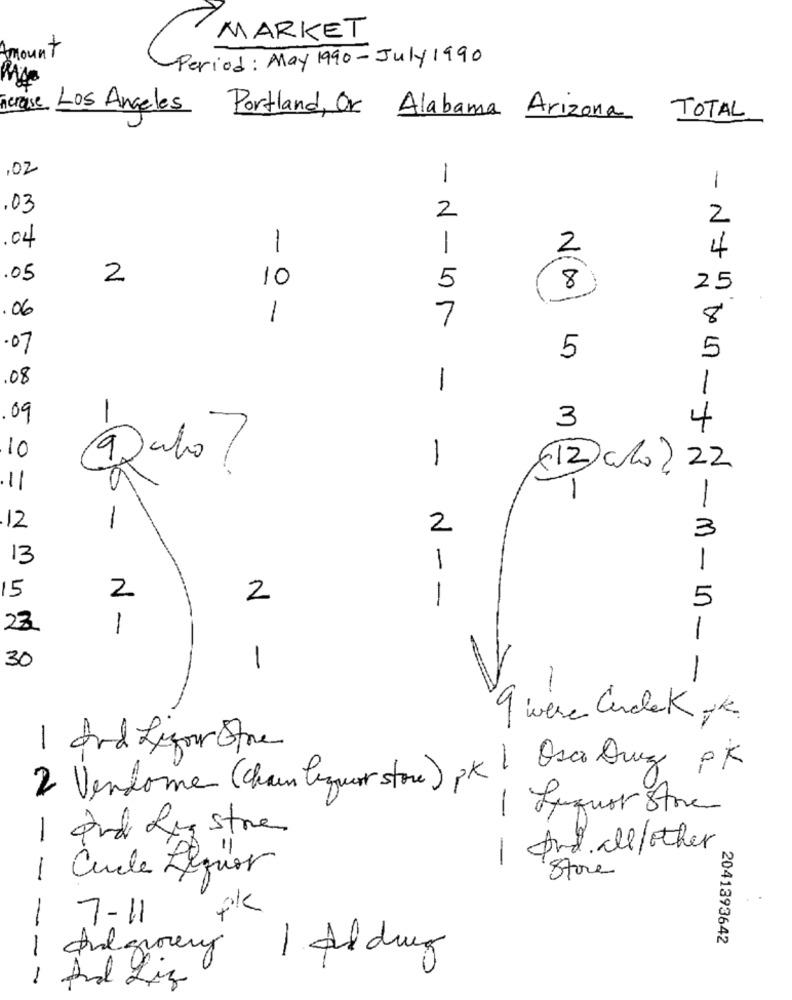
7
MARKET
Amount
C
Period: May 1990-July 1990
ncroise
Los Angeles Portland, Or Alabama Arizona TOTAL
,02
1
1
. 03
2
2
.04
1
1
2
4
.05
2
10
5
8
25
.06
-
7
8
.07
5
5
08
1
1
09
3
4
10
-
(12 alo/ 22
- 10-15
11
-
12
-
2
3
13
1
1
15
2
2
-
5
23.
1
1
30
1
V
-
9 were CnclaKok
1 and Lyour Ofre
2 Vendome (chair liquor store) pk 1 Osco Drug PK
1 Liquor Store
1 and Lig stre
And all/other
-
1 Cuile Figuer
Store
pk
1
7-11
2041393642
1
Algrocery
1 Aldrug
And Liz